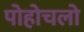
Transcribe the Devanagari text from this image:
पोहोचलो